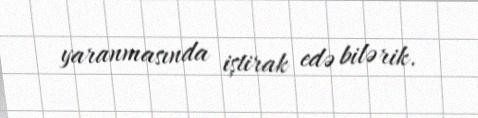
yaranmasında iştirak edə bilərik.